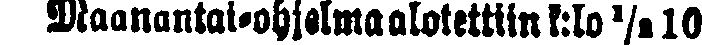
maanantai-ohjelma alotettiin k:lo ½ 10